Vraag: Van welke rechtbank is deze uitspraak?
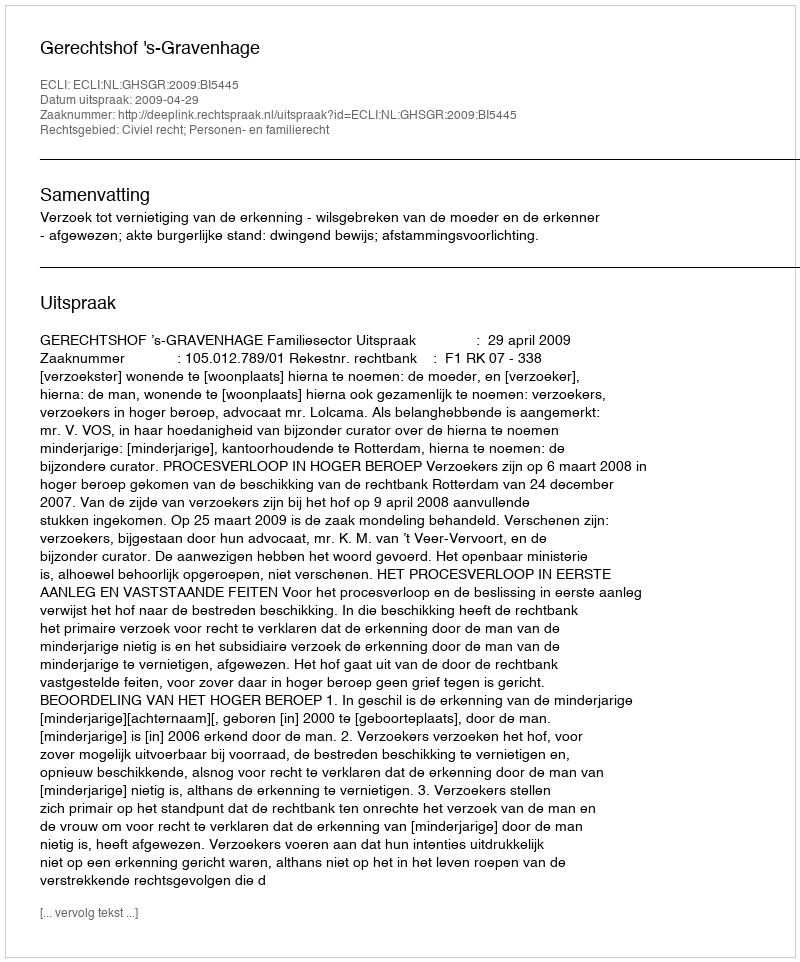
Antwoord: Gerechtshof 's-Gravenhage